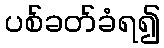
ပစ်ခတ်ခံရ၍